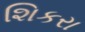
શિકરા